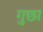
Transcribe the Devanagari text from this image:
गुछा